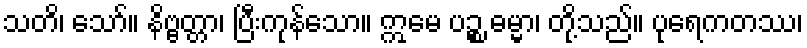
သတိ၊ သော်။ နိဗ္ဗတ္တာ၊ ပြီးကုန်သော။ ဣမေ ပဉ္စ ဓမ္မာ၊ တို့သည်။ ပုရေကတဿ၊